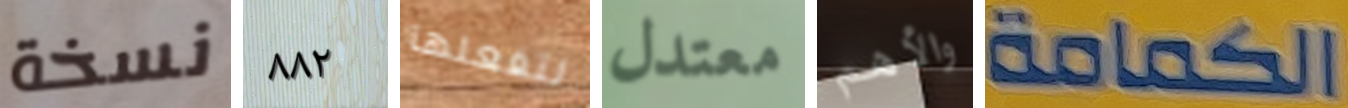
نسخة ٨٨٢ لتفعلها معتدل والأهم الكمامة